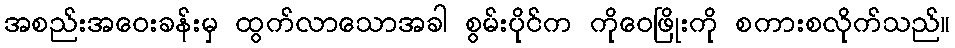
အစည်းအဝေးခန်းမှ ထွက်လာသောအခါ စွမ်းပိုင်က ကိုဝေဖြိုးကို စကားစလိုက်သည်။